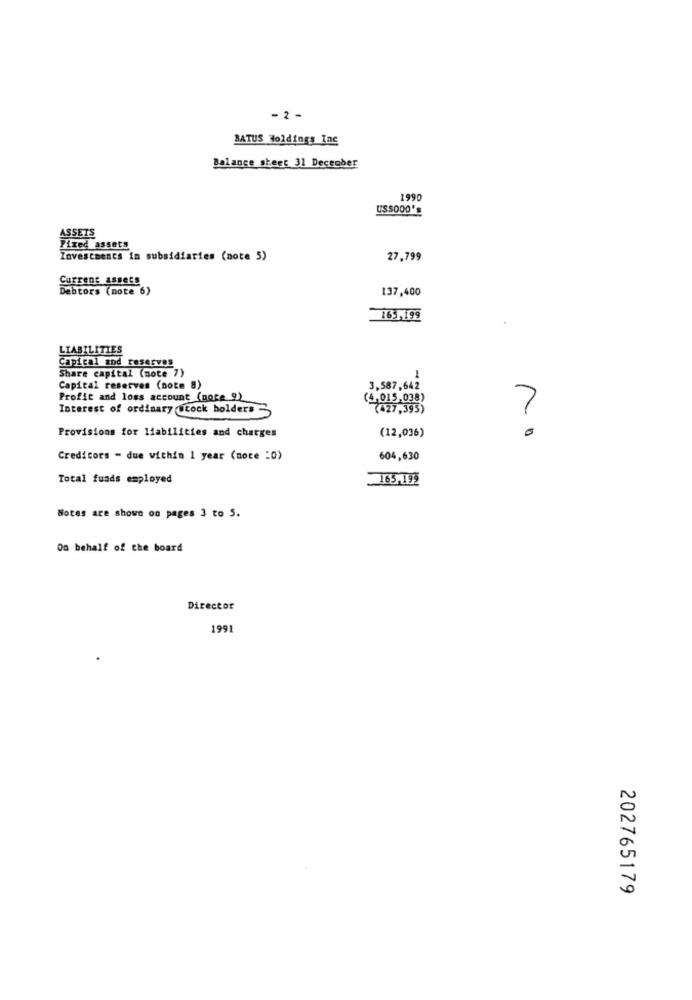
- 2 -
BATUS Holdings Inc
Balance sheet 31 December
1990
USSOOO'S
ASSETS
Fixed assets
Investments in subsidiaries (note 5)
27,799
Current assets
Debtors (note 6)
137,400
163,199
LIABILITIES
Capical and reserves
Share capital (note 7)
1
Capital reserves (note 8)
3,587,642
Profit and loss account (MOKR 9)
(4,015,038)
Interest of ordinary Stock holders 3
(427,395)
7
Provisions for liabilities and charges
(12,036)
Creditors - due within 1 year (note :0)
604,630
Total funds employed
165,199
Notes are shown on pages 3 to 5.
On behalf of the board
Director
1991
202765179